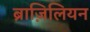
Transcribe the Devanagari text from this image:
ब्राज़िलियन